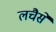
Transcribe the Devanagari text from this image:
लचैसे